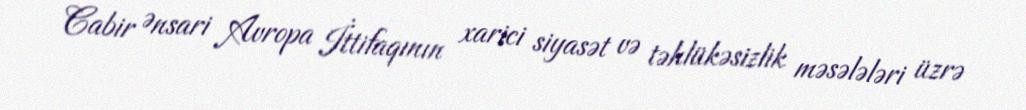
Cabir Ənsari Avropa İttifaqının xarici siyasət və təhlükəsizlik məsələləri üzrə